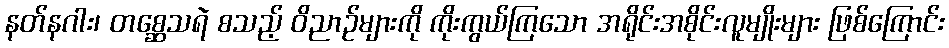
နတ်နဂါး၊ တစ္ဆေသရဲ စသည့် ဝိညာဉ်များကို ကိုးကွယ်ကြသော အရိုင်းအစိုင်းလူမျိုးများ ဖြစ်ကြောင်း